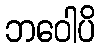
ဘဝေါပိ